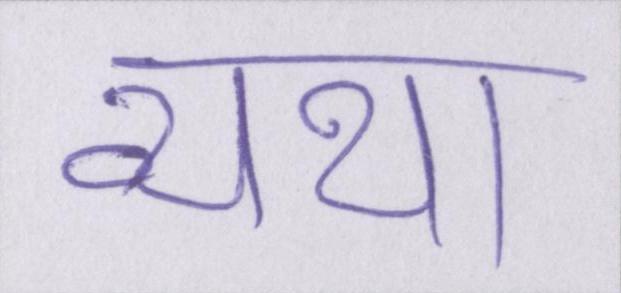
व्यथा